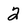
Character: 2